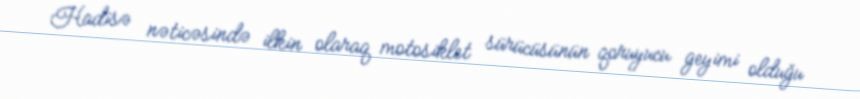
Hadisə nəticəsində ilkin olaraq motosiklet sürücüsünün qoruyucu geyimi olduğu